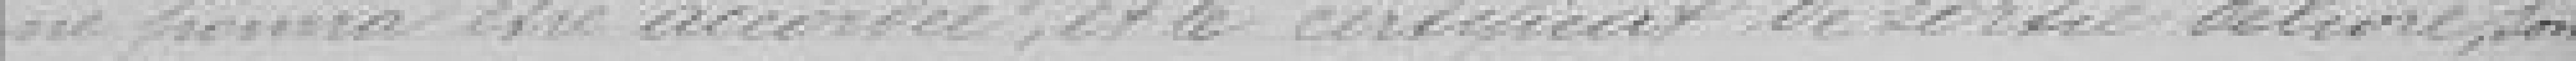
ne pourra être accordée, et le certificat de sortie délivré, sont